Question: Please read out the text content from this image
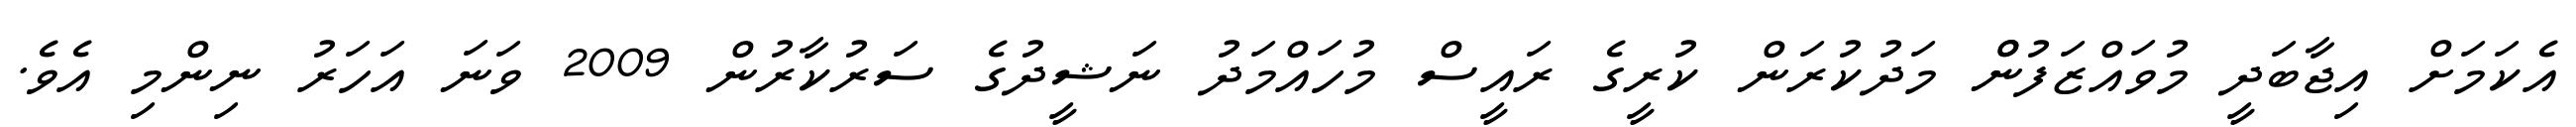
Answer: އެކަމަށް އިޖާބަދީ މުވައްޒަފުންް މަދުކުރަން ކުރީގެ ރައީސް މުހައްމަދު ނަޝީދުގެ ސަރުކާރުން 2009 ވަނަ އަހަރު ނިންމި އެވެ.